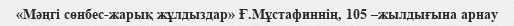
«Мәңгі сөнбес-жарық жұлдыздар» Ғ.Мұстафиннің, 105 –жылдығына арнау